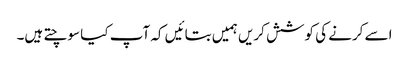
اسے کرنے کی کوشش کریں ہمیں بتائیں کہ آپ کیا سوچتے ہیں۔